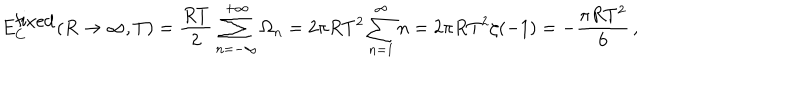
E _ { C } ^ { \mathrm { f i x e d } } ( R \to \infty , T ) = \frac { R T } { 2 } \sum _ { n = - \infty } ^ { + \infty } \Omega _ { n } = 2 \pi R T ^ { 2 } \sum _ { n = 1 } ^ { \infty } n = 2 \pi R T ^ { 2 } \zeta ( - 1 ) = - \frac { \pi R T ^ { 2 } } { 6 } \, { , }